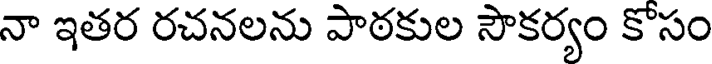
నా ఇతర రచనలను పాఠకుల సౌకర్యం కోసం